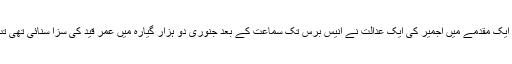
ڈاکٹر خلیل کو قتل کے ایک مقدمے میں اجمیر کی ایک عدالت نے انیس برس تک سماعت کے بعد جنوری دو ہزار گيارہ میں عمر قید کی سزا سنائی تھی تب سے وہ جیل میں ہیں۔